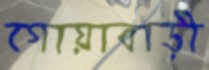
গোয়াবাড়ী